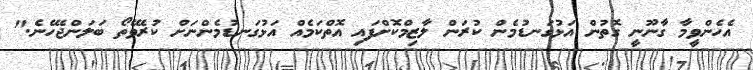
އެހެންވީމާ ގާނޫނީ ގޮތުން އަޅުގަނޑުމެން ކުރަން ލާޒިމްކޮށްފައި އޮތްކަމެއް އަޅުގަނޑުމެންނަށް ކުރެވޭތޯ ބަލަންޖެހޭނެ."